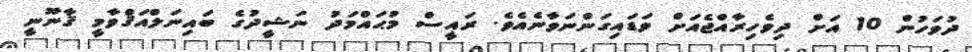
ދުވަހުން 10 އަށް ދިވެހިރާއްޖެއަށް ވަޑައިގަންނަވާނެއެވެ. ރައީސް މުޙައްމަދު ނަޝީދުގެ ބައިނަލްއަޤްވާމީ ޤާނޫނީ